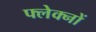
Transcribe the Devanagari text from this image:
फ्लेक्नों